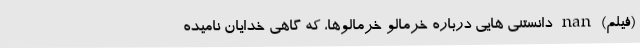
(فیلم) nan دانستنی هایی درباره خرمالو خرمالوها، که گاهی خدایان نامیده